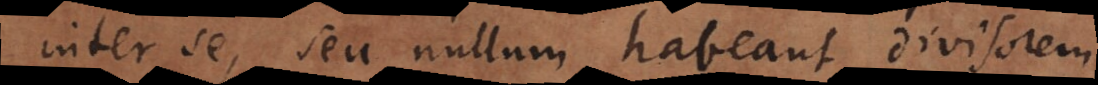
inter se, seu nullum habeant divisorem